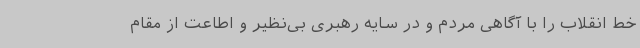
خط انقلاب را با آگاهی مردم و در سایه رهبری بی‌نظیر و اطاعت از مقام